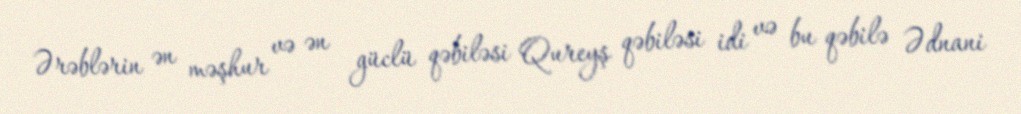
Ərəblərin ən məşhur və ən güclü qəbiləsi Qureyş qəbiləsi idi və bu qəbilə Ədnani